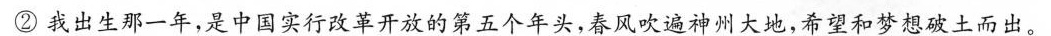
②我出生那一年，是中国实行改革开放的第五个年头，春风吹遍神州大地，希望和梦想破土而出。